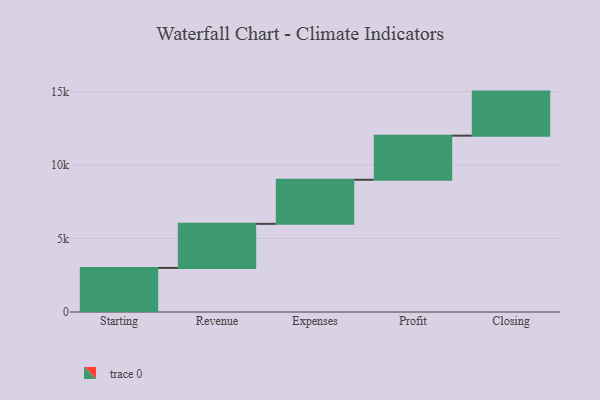
{"axis": {"x": "Step", "y": "Value"}, "legend": [""], "data": [{"x": "Starting", "y": 3000, "type": ""}, {"x": "Revenue", "y": 3000, "type": ""}, {"x": "Expenses", "y": 3000, "type": ""}, {"x": "Profit", "y": 3000, "type": ""}, {"x": "Closing", "y": 3000, "type": ""}]}